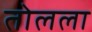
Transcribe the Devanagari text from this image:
तोलला